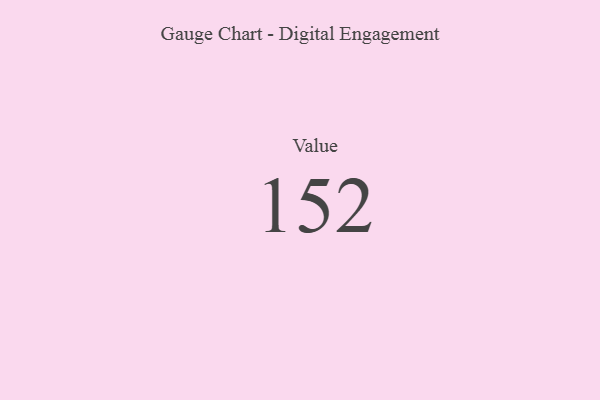
{"axis": {"x": "Metric", "y": "Value"}, "legend": [""], "data": [{"x": "Value", "y": 152, "type": ""}]}